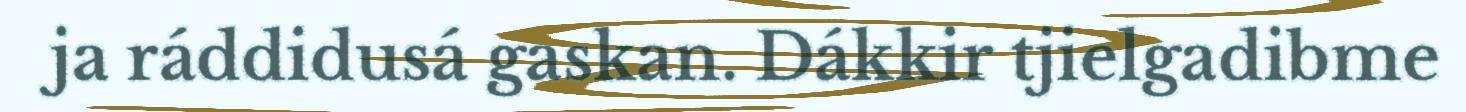
ja ráddidusá gaskan. Dákkir tjielgadibme